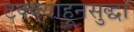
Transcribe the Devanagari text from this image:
टक्क्याहूनसुद्धा